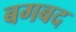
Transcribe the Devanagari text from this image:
बगबद